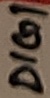
Text: DIG1